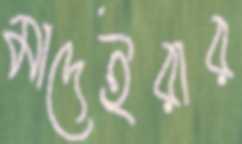
মাদেইরার